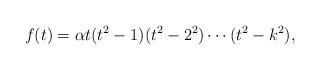
LaTeX: \begin{align*}f(t)=\alpha t(t^{2}-1)(t^{2}-2^{2})\cdots(t^{2}-k^{2}), \end{align*}